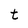
Character: t